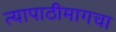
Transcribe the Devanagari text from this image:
त्यापाठीमागचा